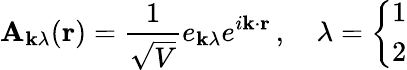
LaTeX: \mathbf{A}_{\mathbf{k}\lambda}(\mathbf{r})={\frac{1}{\sqrt{V}}}e_{\mathbf{k}\lambda}e^{i\mathbf{k}\cdot\mathbf{r}}\, ,\quad\lambda={\left\{ \begin{array}{ll}{1}\\ {2}\end{array}\right.}